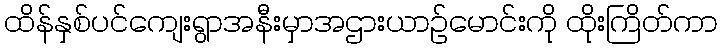
ထိန်နှစ်ပင်ကျေးရွာအနီးမှာအဌားယာဉ်မောင်းကို ထိုးကြိတ်ကာ